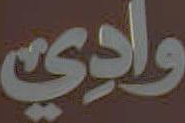
وادي